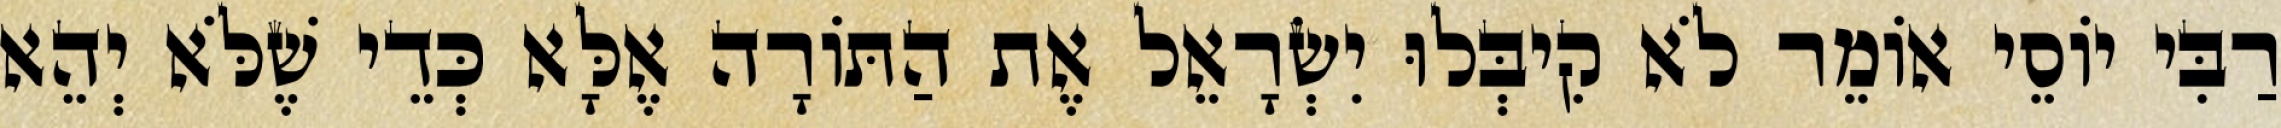
רַבִּי יוֹסֵי אוֹמֵר לֹא קִיבְּלוּ יִשְׂרָאֵל אֶת הַתּוֹרָה אֶלָּא כְּדֵי שֶׁלֹּא יְהֵא